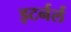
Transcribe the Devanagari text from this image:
इटर्नर्ल